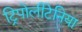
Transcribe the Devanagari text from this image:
ट्रिपोलीटेनिया